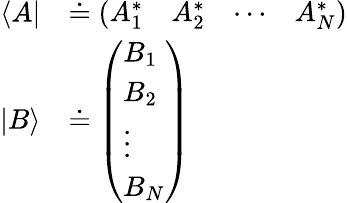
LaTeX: {\begin{array}{rl}{\langle A|}&{\doteq{\left(\begin{array}{llll}{A_{1}^{*}}&{A_{2}^{*}}&{\cdots}&{A_{N}^{*}}\end{array}\right)}}\\ {|B\rangle}&{\doteq{\left(\begin{array}{l}{B_{1}}\\ {B_{2}}\\ {\vdots}\\ {B_{N}}\end{array}\right)}}\end{array}}